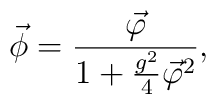
\vec{\phi}=\frac{\vec{\varphi}}{1+\frac{g^2}{4}{\vec{\varphi}}^2},